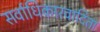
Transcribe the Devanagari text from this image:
सर्वाधिकारवादिता